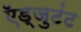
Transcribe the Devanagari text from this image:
ऍड्जुटंट